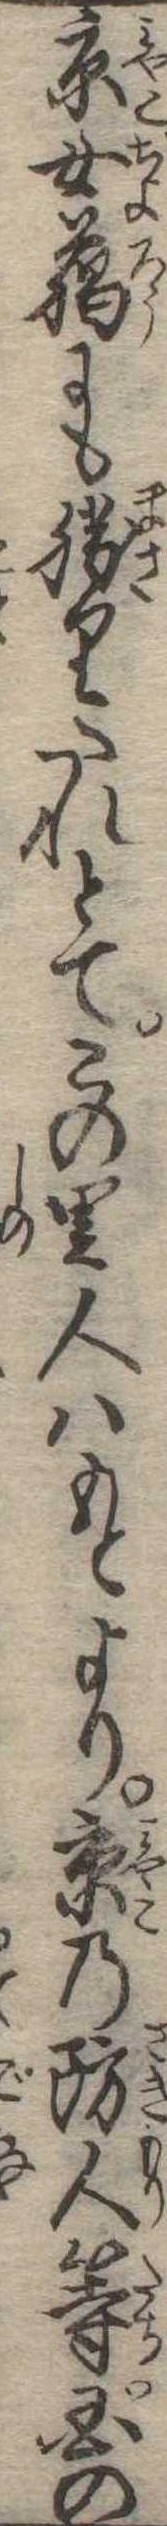
京女臘にも勝りたれとてこの里人はもとより京の防人等国の